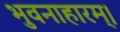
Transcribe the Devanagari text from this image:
भुवनाहारम्‌।